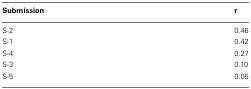
| Submission | r |
 | --- | --- |
 | S-2 | 0.46 |
 | S-1 | 0.42 |
 | S-4 | 0.27 |
 | S-3 | 0.10 |
 | S-5 | 0.05 |